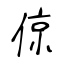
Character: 倞